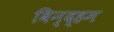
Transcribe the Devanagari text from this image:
विन्द्हम